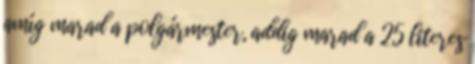
amíg marad a polgármester, addig marad a 25 literes